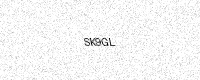
Text: SK9GL